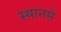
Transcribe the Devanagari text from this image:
स्थानमे